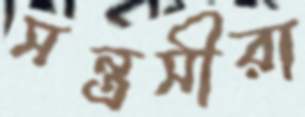
সন্ত্রসীরা